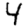
Digit: 4